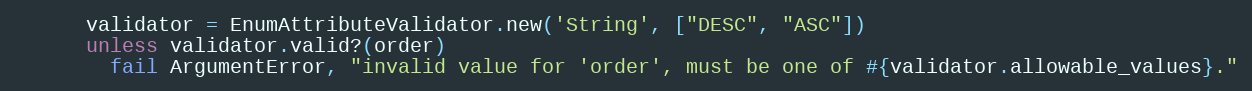
Language: Ruby
      validator = EnumAttributeValidator.new('String', ["DESC", "ASC"])
      unless validator.valid?(order)
        fail ArgumentError, "invalid value for 'order', must be one of #{validator.allowable_values}."